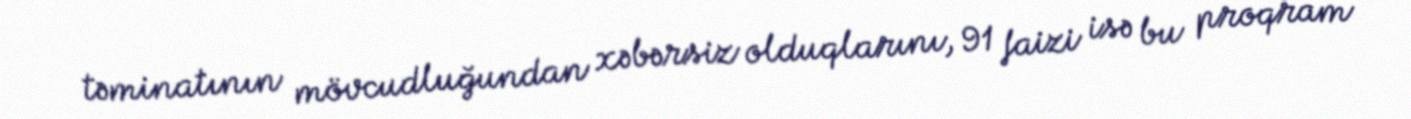
təminatının mövcudluğundan xəbərsiz olduqlarını, 91 faizi isə bu proqram